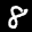
Label: 8